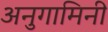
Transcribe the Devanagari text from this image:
अनुगामिनी